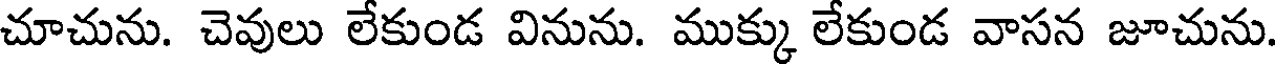
చూచును. చెవులు లేకుండ వినును. ముక్కు లేకుండ వాసన జూచును